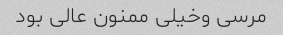
مرسی وخیلی ممنون عالی بود